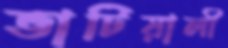
ভাটিয়ালী